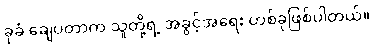
ခုခံ ချေပတာက သူတို့ရဲ့ အခွင့်အရေး တစ်ခုဖြစ်ပါတယ်။